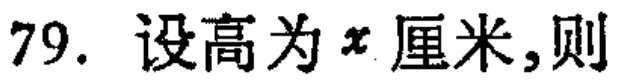
79. 设高为\(x\)厘米,则